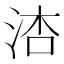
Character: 𪵾